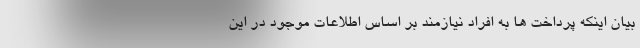
بیان اینکه پرداخت ها به افراد نیازمند بر اساس اطلاعات موجود در این